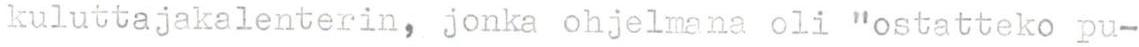
kuluttajakalenterin, jonka ohjelmana oli "ostatteko pu-